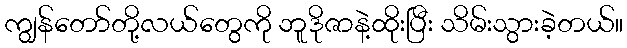
ကျွန်တော်တို့လယ်တွေကို ဘူဒိုဇာနဲ့ထိုးပြီး သိမ်းသွားခဲ့တယ်။